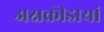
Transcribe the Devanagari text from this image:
अक्षक्रीडायां